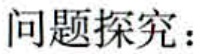
问题探究：